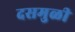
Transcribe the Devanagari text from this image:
दसमुळी